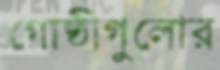
গোষ্ঠীগুলোর